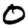
Digit: 0